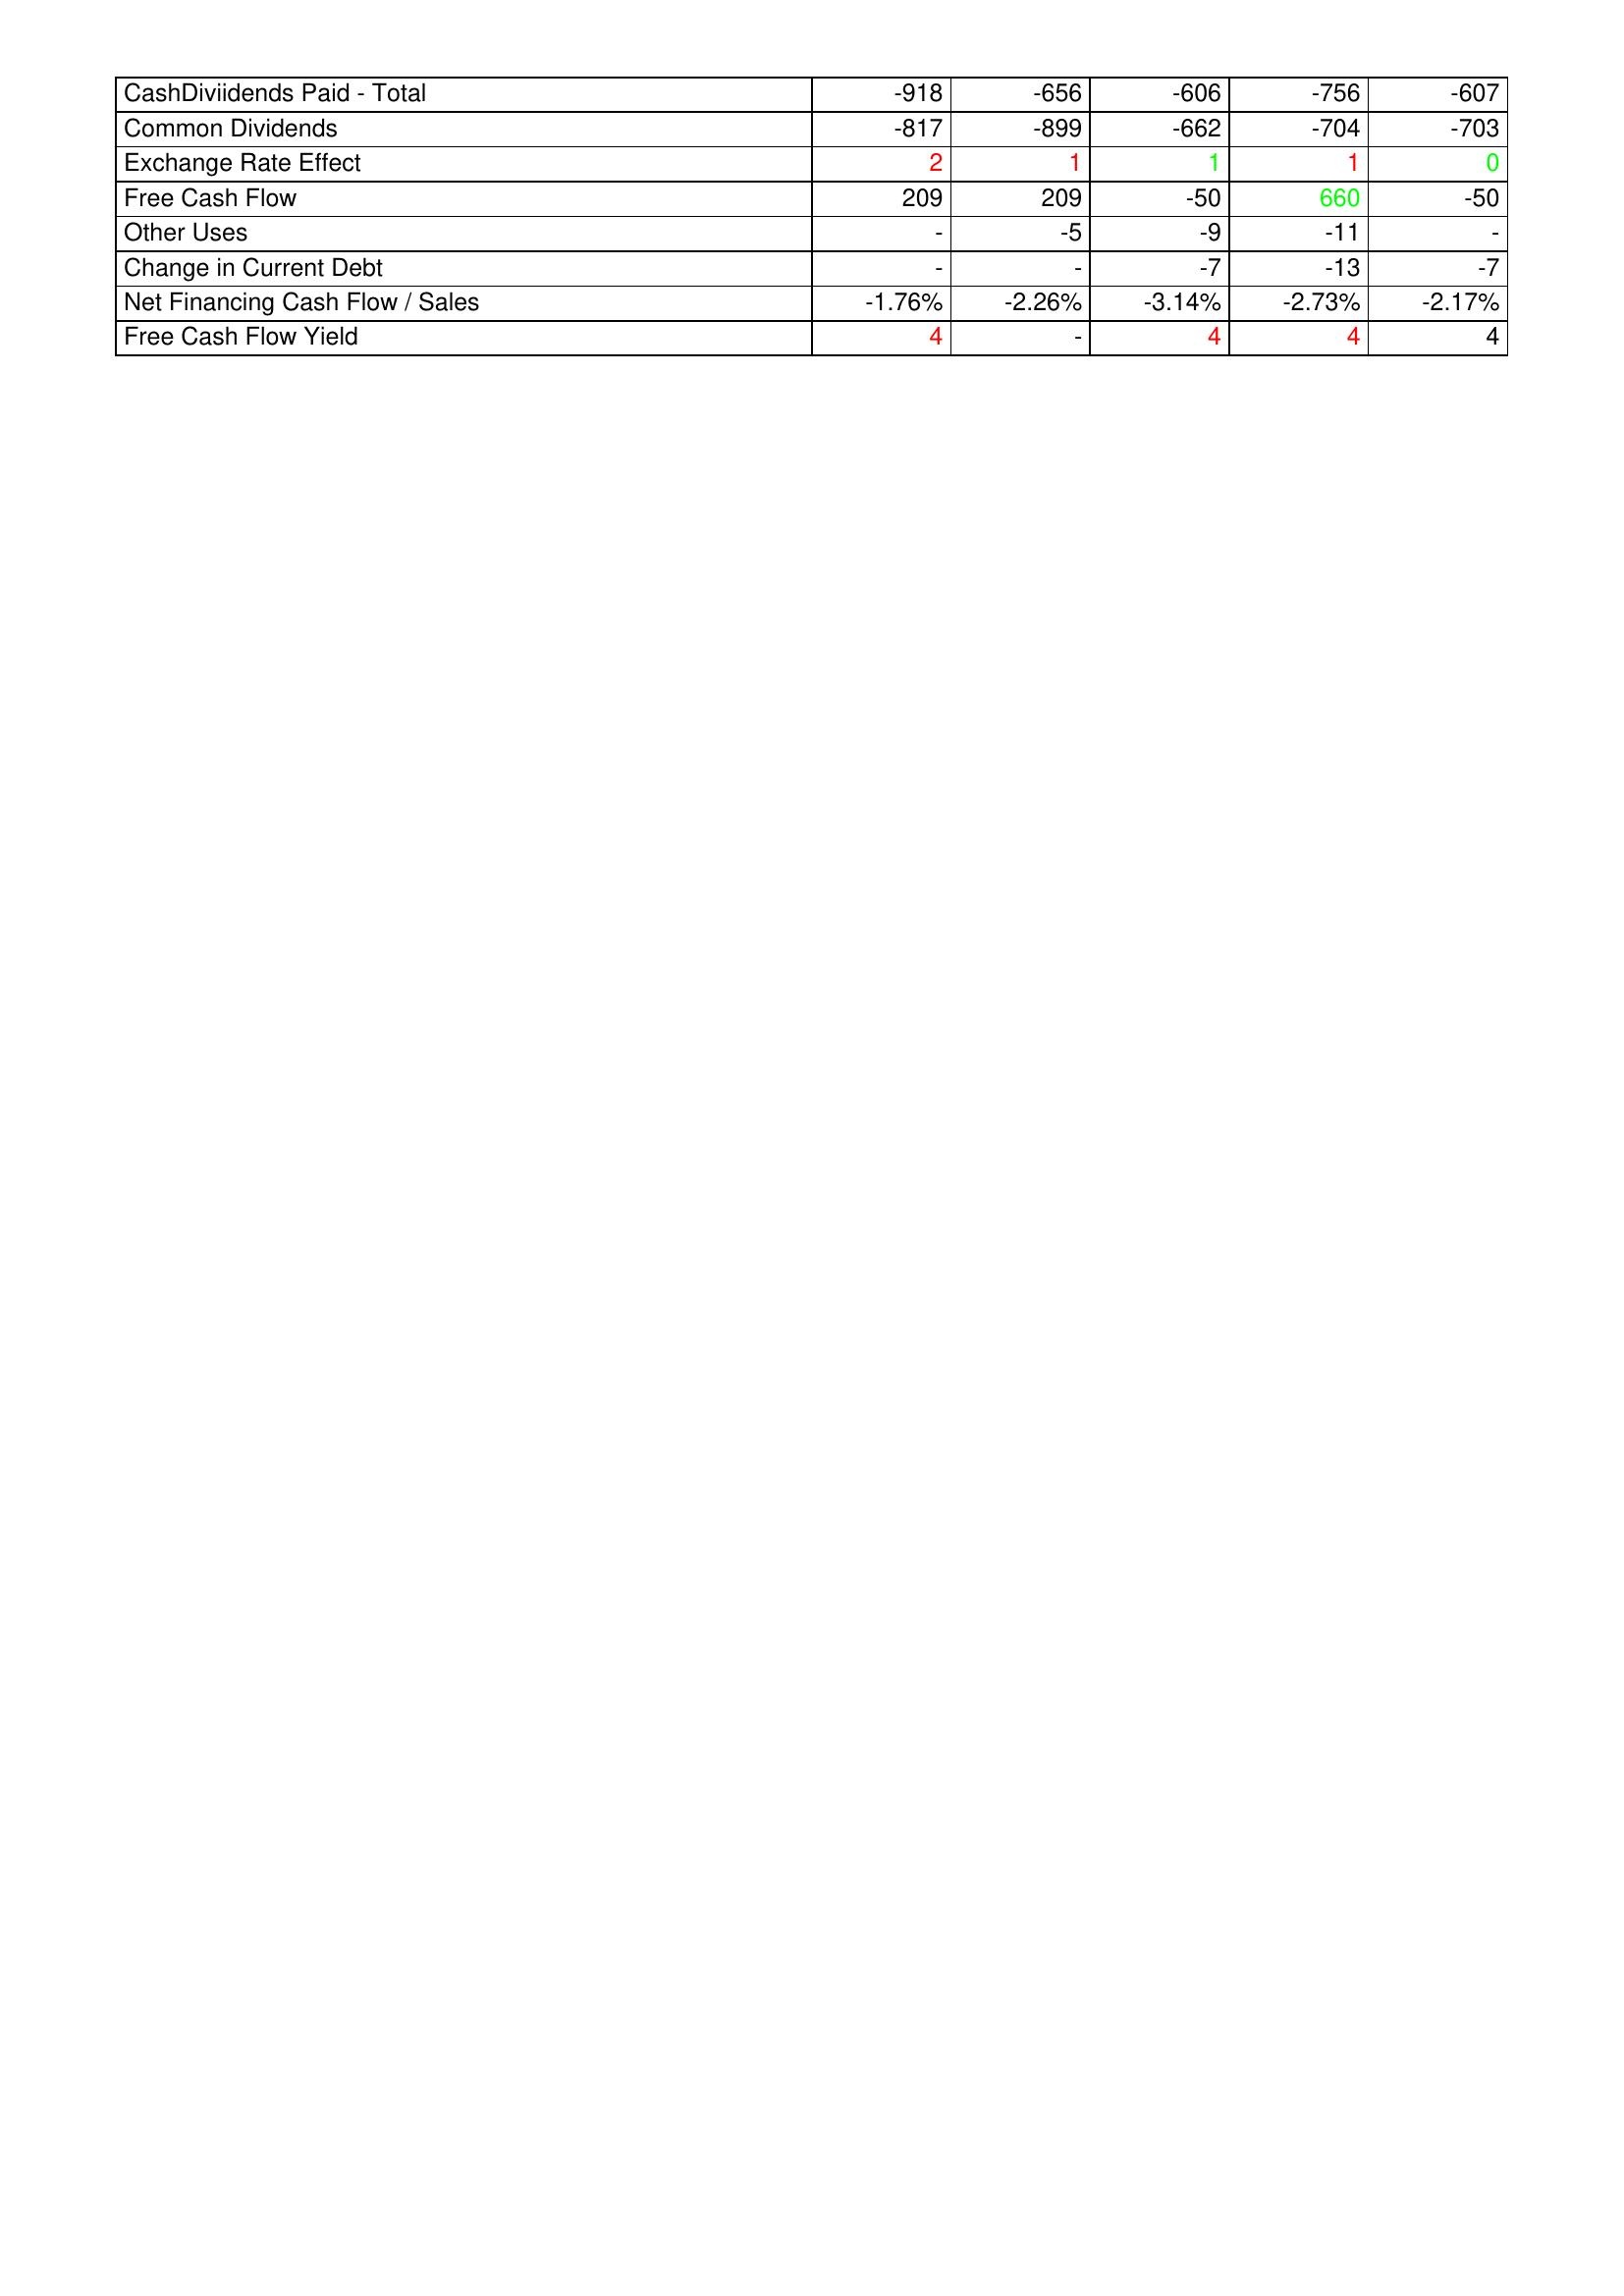
gt_parse: 2005: Financing Activities: CashDiviidends Paid - Total: -918
Common Dividends: -817
Exchange Rate Effect: 2
Free Cash Flow: 209
Other Uses: -
Change in Current Debt: -
Net Financing Cash Flow / Sales: -1.76%
Free Cash Flow Yield: 4
2004: Financing Activities: CashDiviidends Paid - Total: -656
Common Dividends: -899
Exchange Rate Effect: 1
Free Cash Flow: 209
Other Uses: -5
Change in Current Debt: -
Net Financing Cash Flow / Sales: -2.26%
Free Cash Flow Yield: -
2003: Financing Activities: CashDiviidends Paid - Total: -606
Common Dividends: -662
Exchange Rate Effect: 1
Free Cash Flow: -50
Other Uses: -9
Change in Current Debt: -7
Net Financing Cash Flow / Sales: -3.14%
Free Cash Flow Yield: 4
2002: Financing Activities: CashDiviidends Paid - Total: -756
Common Dividends: -704
Exchange Rate Effect: 1
Free Cash Flow: 660
Other Uses: -11
Change in Current Debt: -13
Net Financing Cash Flow / Sales: -2.73%
Free Cash Flow Yield: 4
2001: Financing Activities: CashDiviidends Paid - Total: -607
Common Dividends: -703
Exchange Rate Effect: 0
Free Cash Flow: -50
Other Uses: -
Change in Current Debt: -7
Net Financing Cash Flow / Sales: -2.17%
Free Cash Flow Yield: 4